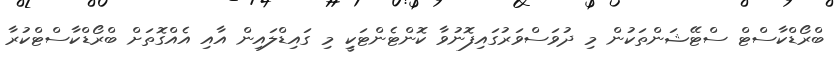
ބްރޯޑްކާސްޓް ސްޓޭޝަންތަކުން މި ދުވަސްވަރުގައިފޮނުވާ ކޮންޓެންޓަކީި މި ގައިޑްލައިން އާއި އެއްގޮތަށް ބްރޯޑްކާސްޓްކުރާ